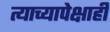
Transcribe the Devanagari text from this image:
त्याच्यापेक्षाही